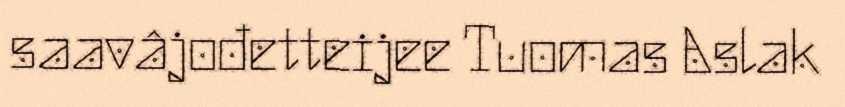
saavâjođetteijee Tuomas Aslak